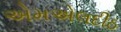
એમએલદીઠ